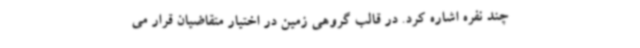
چند نفره اشاره کرد. در قالب گروهی زمین در اختیار متقاضیان قرار می